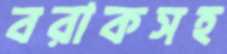
বরাকসহ